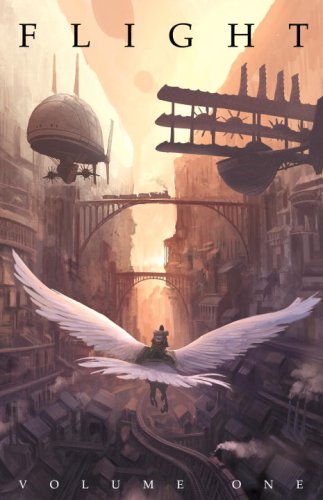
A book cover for Flight, Volume One; Comics & Graphic Novels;